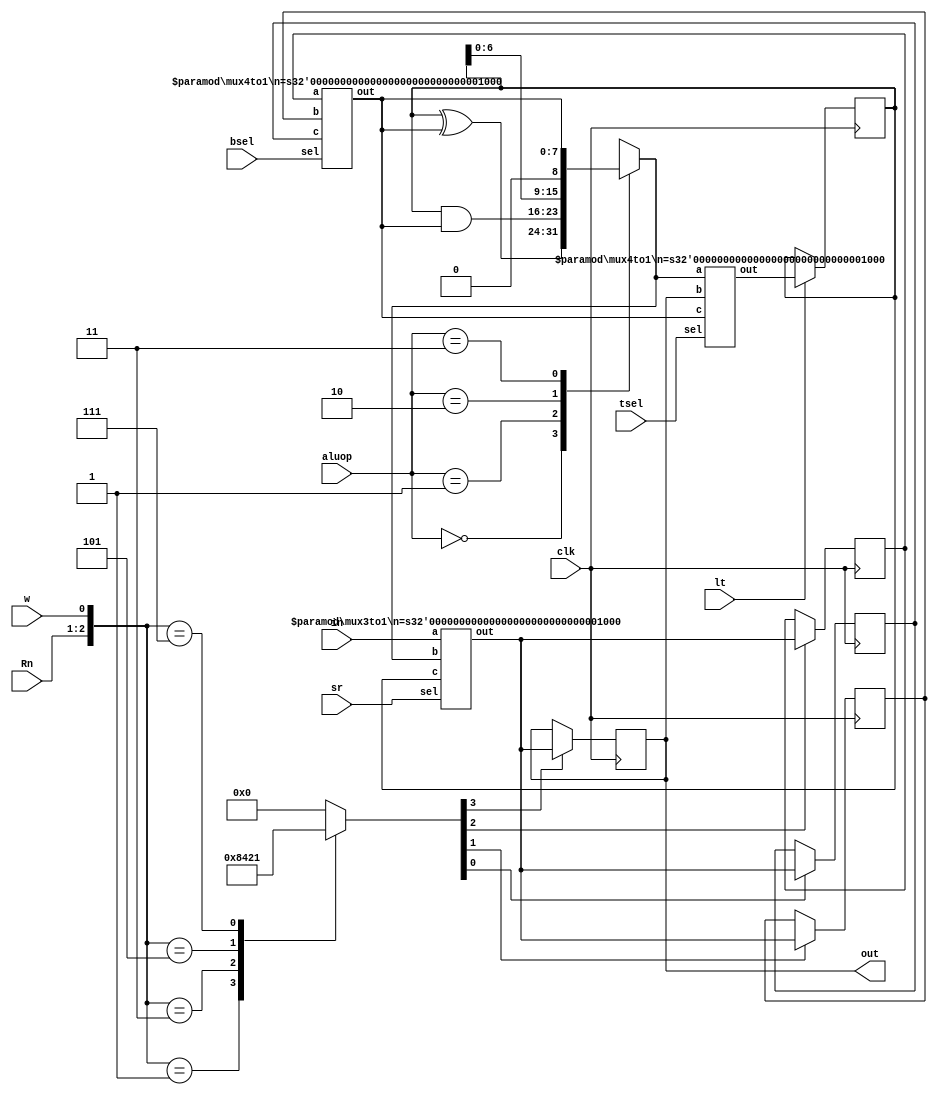
module datapath(clk,in,sr,Rn,w,aluop,lt,tsel,bsel,out);
    input clk, w, lt;
    input [7:0] in;
    input [1:0] sr, Rn, aluop;
    input [2:0] bsel, tsel;
    output [7:0] out;
    wire [7:0] next_R0,next_R1,next_R2,next_R3,rin, Bin,next_lt, ltin;
    reg [7:0] R0, R1, R2, R3, alu_out,tmp;
    reg load0,load1,load2,load3;
    

    always @(*) begin     //next state case statement
        casex({Rn, w})
            {2'b00,1'b1} : {load0,load1,load2,load3} = 4'b1000;
            {2'b01,1'b1} : {load0,load1,load2,load3} = 4'b0100; 
            {2'b10,1'b1} : {load0,load1,load2,load3} = 4'b0010;
            {2'b11,1'b1} : {load0,load1,load2,load3} = 4'b0001;
            default: {load0,load1,load2,load3} = 4'b0000;
        endcase
    end
    assign next_R0 = load0 ? rin : R0;

    always @(posedge clk) begin
        R0 = next_R0;
    end

    assign next_R1 = load1 ? rin : R1;

    always @(posedge clk) begin
        R1 = next_R1;
    end

    assign next_R2 = load2 ? rin : R2;

    always @(posedge clk) begin
        R2 = next_R2;
    end

    assign next_R3 = load3 ? rin : R3;

    always @(posedge clk) begin
        R3 = next_R3;
    end
    assign next_lt = lt ? ltin : tmp;

    always @(posedge clk) begin
        tmp = next_lt;
    end
    always @(*) begin
        casex(aluop)
            2'b00: alu_out = tmp ^ Bin; 
            2'b01: alu_out = tmp & Bin;
            2'b10: alu_out = tmp << 1;
            2'b11: alu_out = Bin;
            default: alu_out =  tmp;
        endcase
    end
    assign out = R0;
    
    mux4to1 #(8) mult1(R1,R2,R3,bsel,Bin);
    mux4to1 #(8) mult2(alu_out,R0,Bin,tsel,ltin);
    mux3to1 #(8) mult3(in,alu_out,tmp,sr,rin);
endmodule

module mux3to1 (a,b,c,sel,out);
    parameter n=16;
    input [n-1: 0] a, b, c;
    input [1:0] sel;
    output reg [n-1: 0] out;
    always @(*) begin
        casex({sel})
        2'b00 : out = a;
        2'b01 : out = b;
        2'b10 : out = c;
        2'bxx : out = 0;
        endcase
    end
    
endmodule

module mux4to1 (a,b,c,sel,out);
    parameter n=16;
    input [n-1: 0] a, b, c;
    input [2:0] sel;
    output reg [n-1: 0] out;
    always @(*) begin
        casex({sel})
        3'b001 : out = a;
        3'b010 : out = b;
        3'b100 : out = c;
        3'bxxx : out = 0;
        endcase
    end
    
endmodule